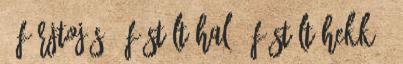
1 fürjtojás 9 füstölt hal 7 füstölt hekk 1